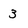
Character: 3